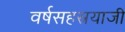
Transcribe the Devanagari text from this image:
वर्षसहस्रयाजी